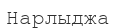
Нарлыджа